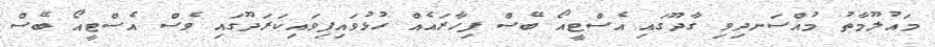
މައުލޫމާތު މުއްސަނދިވި ގާދޫގައި އެސްޓީއޯ ބޭސް ފިހާރައެއް ހުޅުވައިފިވައިކަރަދޫގައި ވެސް އެސްޓީއޯ ބޭސް